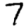
Digit: 7